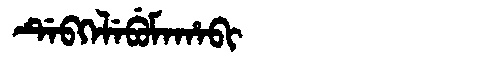
Manchu: ᡩᡝᠪᡴᡝᠯᡝᠪᡠᠮᠠᡥᠠᠪᡳ
Romanization: DEBKELEBUMAHABI